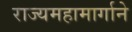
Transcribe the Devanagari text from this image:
राज्यमहामार्गाने